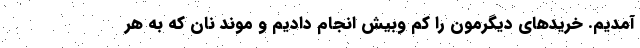
آمدیم. خریدهای دیگرمون را کم وبیش انجام دادیم و موند نان که به هر